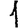
Digit: 1